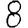
Digit: 8